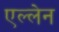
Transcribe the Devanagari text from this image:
एल्लेन